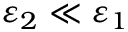
\varepsilon _ { 2 } \ll \varepsilon _ { 1 }